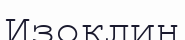
Изоклин